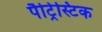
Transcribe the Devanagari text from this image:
पैट्रिस्टिक